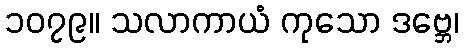
၁၀၇၉။ သလာကာယံ ကုသော ဒဗ္ဘေ၊